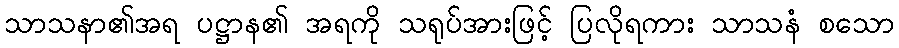
သာသနာ၏အရ ပဋ္ဌာန၏ အရကို သရုပ်အားဖြင့် ပြလိုရကား သာသနံ စသော